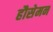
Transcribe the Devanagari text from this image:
हौसेमन